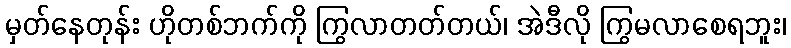
မှတ်နေတုန်း ဟိုတစ်ဘက်ကို ကြွလာတတ်တယ်၊ အဲဒီလို ကြွမလာစေရဘူး၊